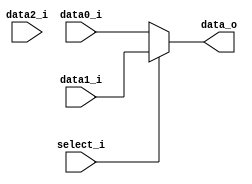
//0516094 0516077
//Subject:     CO project 2 - MUX 321
//--------------------------------------------------------------------------------
//Version:     1
//--------------------------------------------------------------------------------
//Writer:      Luke
//----------------------------------------------
//----------------------------------------------
//Description: 
//--------------------------------------------------------------------------------

module MUX_3to1(
               data0_i,
               data1_i,
	       data2_i,
               select_i,
               data_o
               );

parameter size = 0;			   
			
//I/O ports               
input   [size-1:0] data0_i;          
input   [size-1:0] data1_i;
input   [size-1:0] data2_i;
input   select_i;
output  [size-1:0] data_o; 

//Internal Signals
reg     [size-1:0] data_o;

//Main function
always@(*) begin
	if(select_i == 0)	
		data_o = data0_i;
	else if(select_i == 1)
		data_o = data1_i;
	else
		data_o = data2_i;
end

endmodule